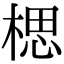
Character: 楒